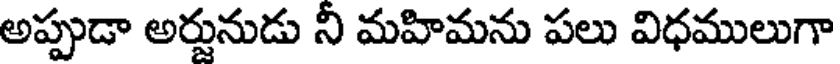
అప్పుడా అర్జునుడు ని మహిమను పలు విధములుగా